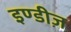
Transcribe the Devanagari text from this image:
इण्डीज़